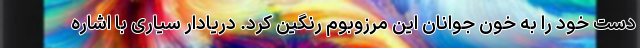
دست خود را به خون جوانان این مرزوبوم رنگین کرد. دریادار سیاری با اشاره